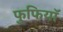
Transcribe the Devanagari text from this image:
फुफियाॅ